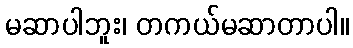
မဆာပါဘူး၊ တကယ်မဆာတာပါ။